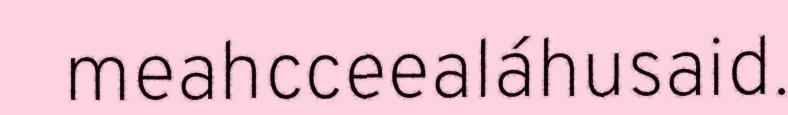
meahcceealáhusaid.